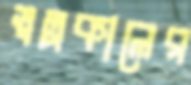
স্বল্পকালের